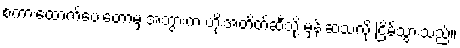
စကားထောက်ပေးတော့မှ အဘွားက ဟိုးအတိတ်ဆီသို့ မှန်းဆသလို ငြိမ်သွားသည်။